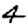
Digit: 4